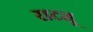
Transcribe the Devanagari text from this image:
राट्यू